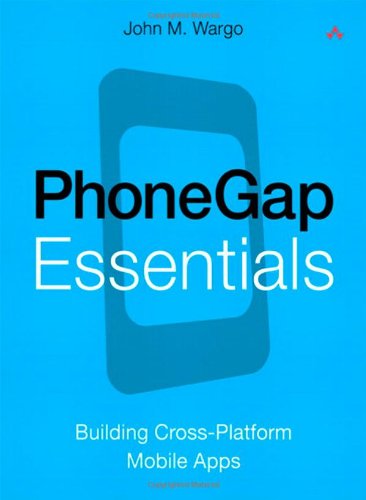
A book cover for PhoneGap Essentials: Building Cross-Platform Mobile Apps; John M. Wargo; Computers & Technology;